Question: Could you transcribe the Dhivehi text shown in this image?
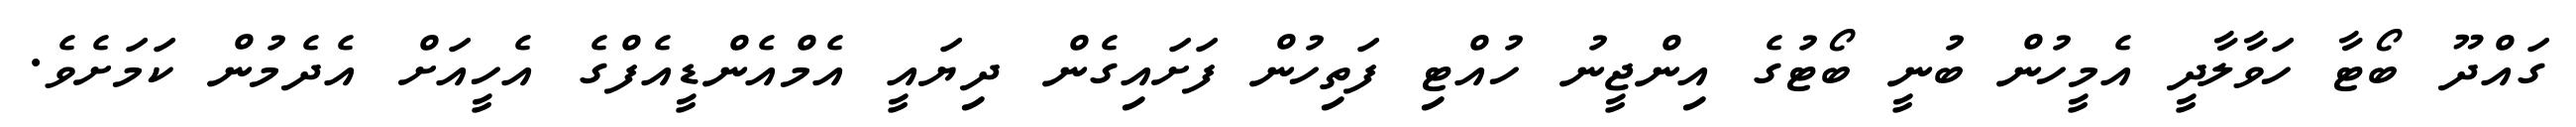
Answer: ގައްދޫ ބޯޓާ ހަވާލާދީ އެމީހުން ބުނީ ބޯޓުގެ އިންޖީނު ހުއްޓި ފަތިހުން ފަށައިގެން ދިޔައީ އެމްއެންޑީއެފްގެ އެހީއަށް އެދެމުން ކަމަށެވެ.